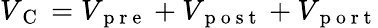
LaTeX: V_{\mathrm{~C~}}=V_{\mathrm{~p~r~e~}}+V_{\mathrm{~p~o~s~t~}}+V_{\mathrm{~p~o~r~t~}}